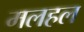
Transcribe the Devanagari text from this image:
मलहल